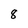
Character: 8